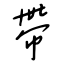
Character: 帶